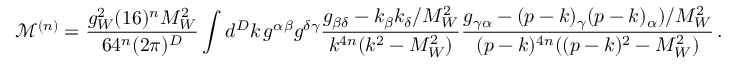
\mathcal { M } ^ { ( n ) } = \frac { g _ { W } ^ { 2 } ( 1 6 ) ^ { n } M _ { W } ^ { 2 } } { 6 4 ^ { n } ( 2 \pi ) ^ { D } } \int d ^ { D } k \, g ^ { \alpha \beta } g ^ { \delta \gamma } \frac { g _ { \beta \delta } - k _ { \beta } k _ { \delta } / M _ { W } ^ { 2 } } { k ^ { 4 n } ( k ^ { 2 } - M _ { W } ^ { 2 } ) } \frac { g _ { \gamma \alpha } - ( p - k ) _ { \gamma } ( p - k ) _ { \alpha } ) / M _ { W } ^ { 2 } } { ( p - k ) ^ { 4 n } ( ( p - k ) ^ { 2 } - M _ { W } ^ { 2 } ) } \, .